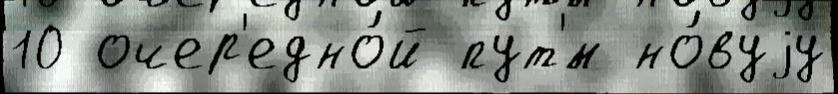
10 очер'едно́й пут'́м но́вуjу